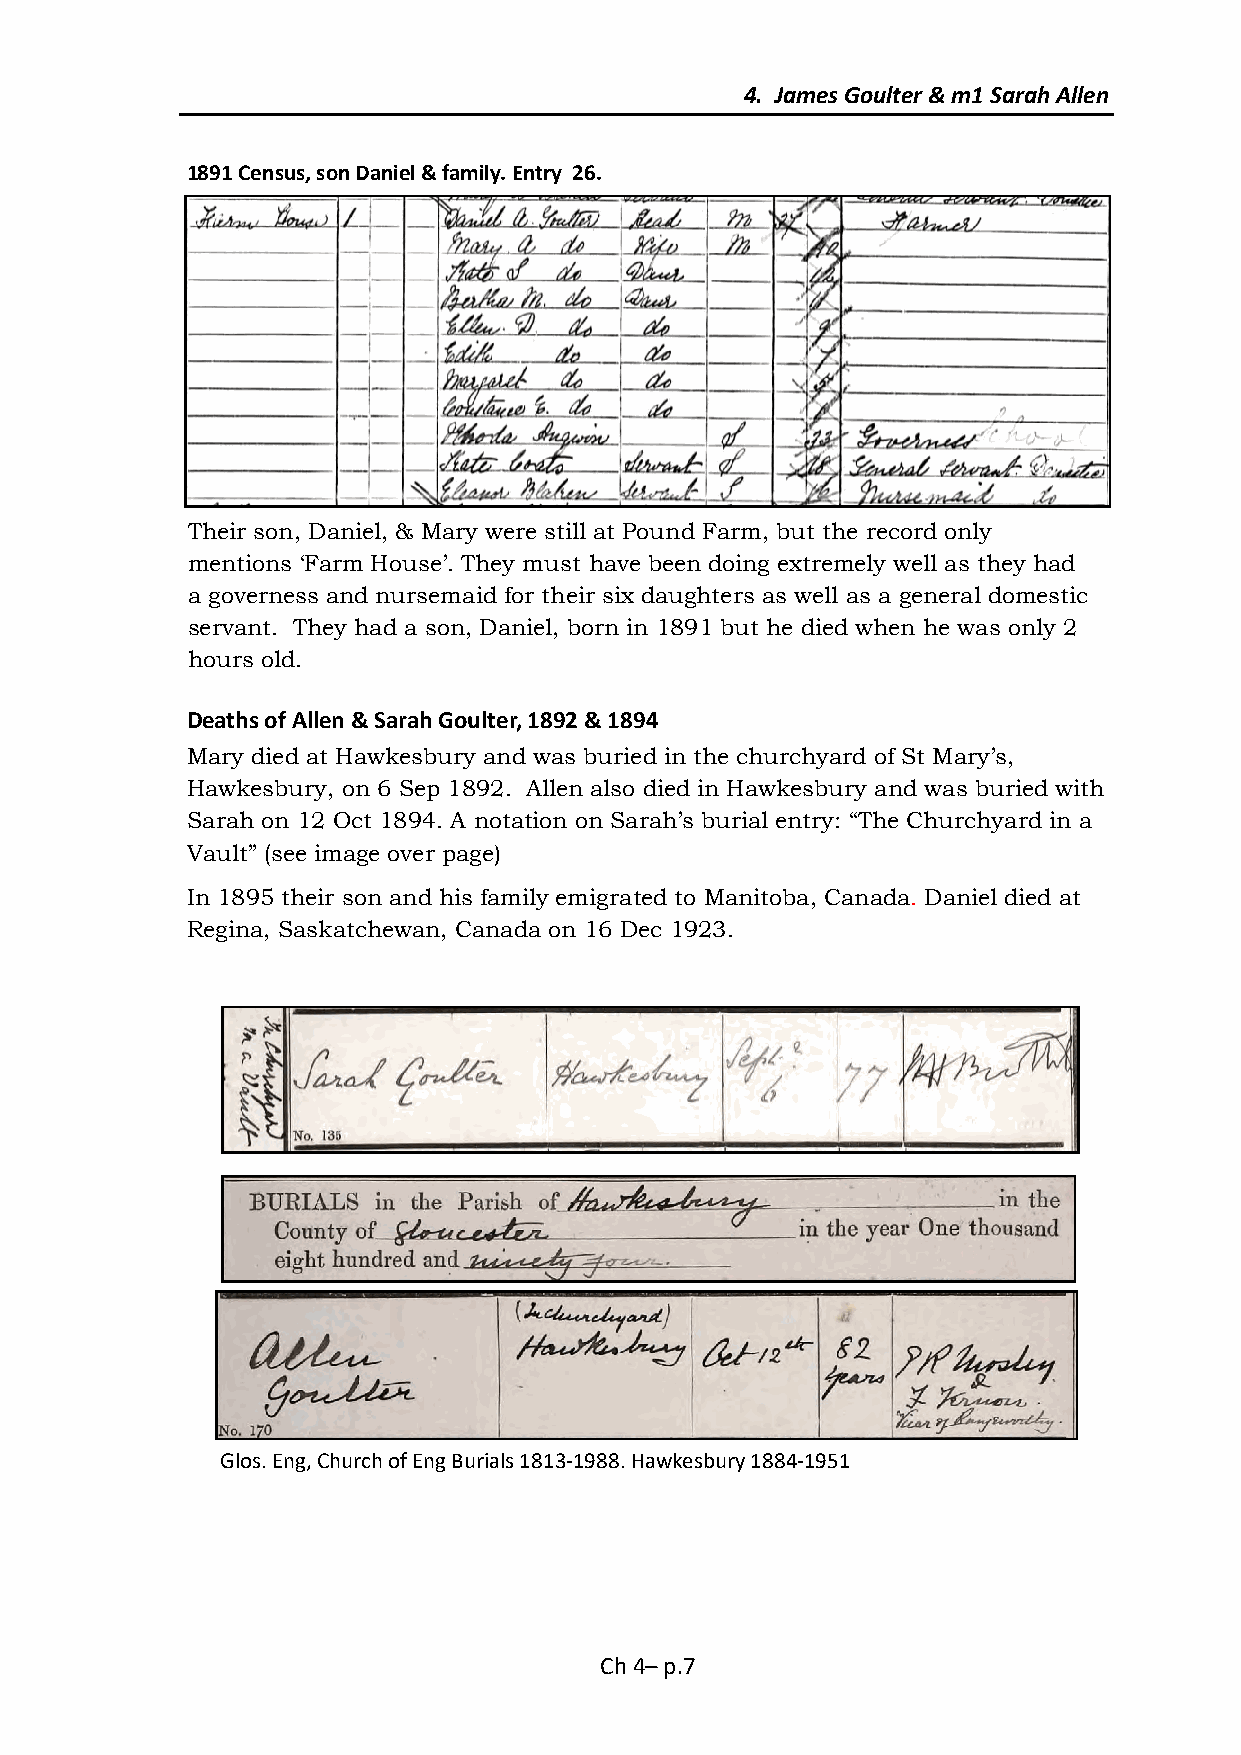
4. James Goulter & m1 Sarah Allen
 1891 Census, son Daniel & family. Entry 26.
 Their son, Daniel, & Mary were still at Pound Farm, but the record only
 mentions ‘Farm House’. They must have been doing extremely well as they had
 a governess and nursemaid for their six daughters as well as a general domestic
 servant. They had a son, Daniel, born in 1891 but he died when he was only 2
 hours old.
 Deaths of Allen & Sarah Goulter, 1892 & 1894
 Mary died at Hawkesbury and was buried in the churchyard of St Mary’s,
 Hawkesbury, on 6 Sep 1892. Allen also died in Hawkesbury and was buried with
 Sarah on 12 Oct 1894. A notation on Sarah’s burial entry: “The Churchyard in a
 Vault” (see image over page)
 In 1895 their son and his family emigrated to Manitoba, Canada. Daniel died at
 Regina, Saskatchewan, Canada on 16 Dec 1923.
 Glos. Eng, Church of Eng Burials 1813-1988. Hawkesbury 1884-1951
 Ch 4– p.7